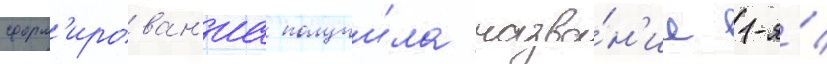
сформ'ирован'иа получи́ла назва́н'ие 1-я́